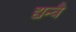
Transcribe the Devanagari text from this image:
द्यन्वै